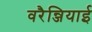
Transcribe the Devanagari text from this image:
वरैन्जियाई